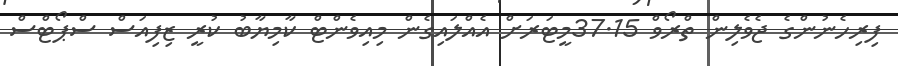
ފިރިހެނުންގެ ޖެވެލިން ތްރޯވް 37.15މީޓަރަށް އެއްލައިގެން މިއިވެންޓް ކާމިޔާބު ކުރީ ޒިފިއަސް ސްޕޯޓްސް